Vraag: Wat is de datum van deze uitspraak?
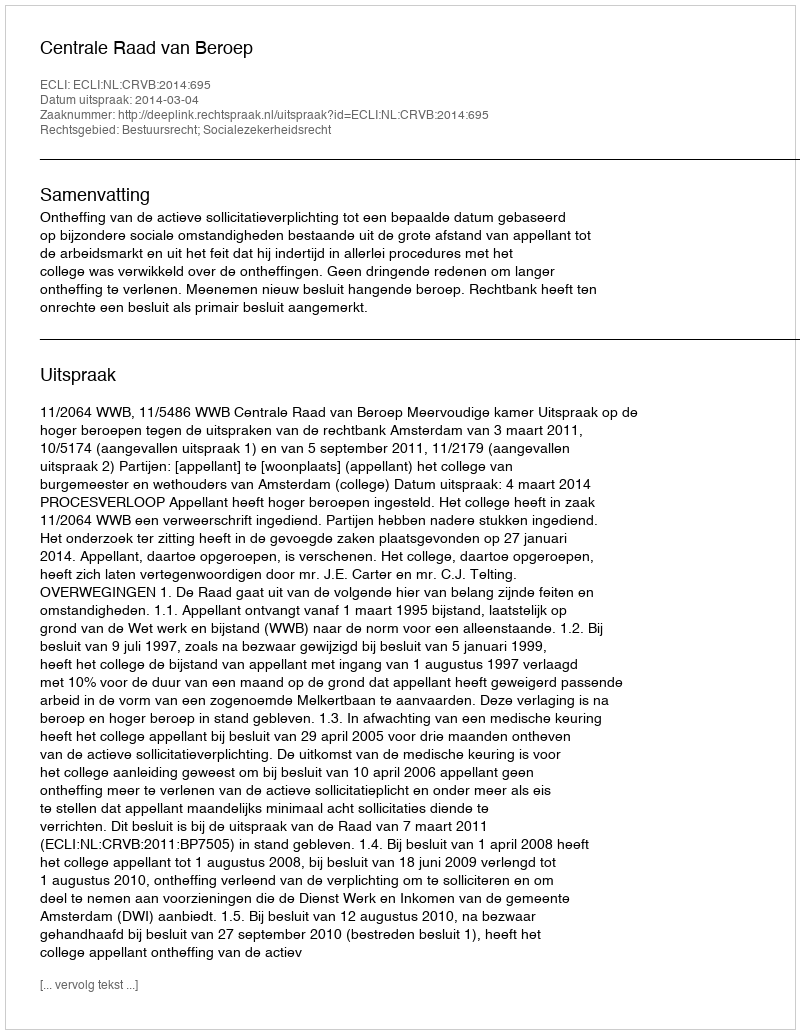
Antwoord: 2014-03-04